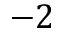
- 2